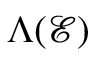
\Lambda ( \mathcal { E } )